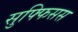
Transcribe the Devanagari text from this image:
सुफ्फिसस